Scottish Leaving Certificate Examination, 1953
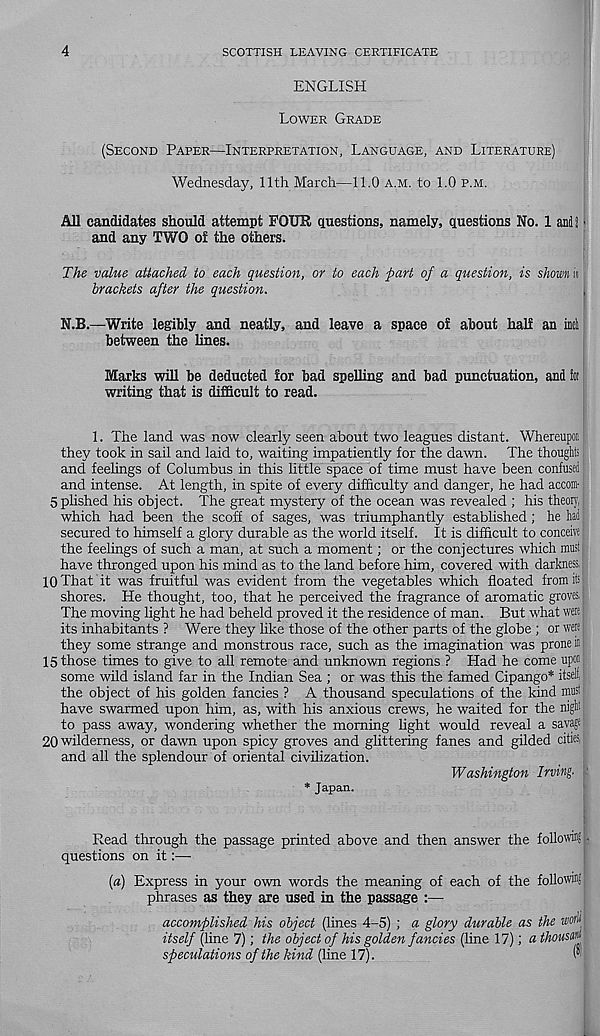
4
SCOTTISH LEAVING CERTIFICATE
ENGLISH
LOWER GRADE
(SECOND PAPER—INTERPRETATION, LANGUAGE, AND LITERATURE)
Wednesday, 11th March—11.0 A.M. to 1.0 P.M.
All candidates should attempt FOUR questions, namely, questions No. 1 and! ■
and any TWO of the others.
The value attached to each question, or to each part of a question, is shown in
brackets after the question.
N.B.—Write legibly and neatly, and leave a space of about half an inti
between the lines.
Marks will be deducted for bad spelling and bad punctuation, and Sot
writing that is difficult to read.
1. The land was now clearly seen about two leagues distant. Whereupot
they took in sail and laid to, waiting impatiently for the dawn. The thoughts
and feelings of Columbus in this little space of time must have been confused
and intense. At length, in spite of every difficulty and danger, he had accom-:
Splished his object. The great mystery of the ocean was revealed ; his theory,
which had been the scoff of sages, was triumphantly established; he had
secured to himself a glory durable as the world itself. It is difficult to conceive
the feelings of such a man, at such a moment; or the conjectures which mnst|
have thronged upon his mind as to the land before him, covered with darkness, |
10 That it was fruitful was evident from the vegetables which floated from its
shores. He thought, too, that he perceived the fragrance of aromatic groves.
The moving light he had beheld proved it the residence of man. But what were
its inhabitants ? Were they like those of the other parts of the globe ; or were
they some strange and monstrous race, such as the imagination was prone ffi;
15 those times to give to all remote and unknown regions ? Had he come upon
some wild island far in the Indian Sea ; or was this the famed Cipango* itself,
the object of his golden fancies ? A thousand speculations of the kind must
have swarmed upon him, as, with his anxious crews, he waited for the niglt
to pass away, wondering whether the morning light would reveal a sayagi
20 wilderness, or dawn upon spicy groves and glittering fanes and gilded cities,
and all the splendour of oriental civilization.
Washington Irving.
* Japan.
Read through the passage printed above and then answer the following .
questions on it:—
(a) Express in your own words the meaning of each of the following
phrases as they are used in the passage :—
accomplished his object (lines 4-5) ; a glory durable as the zwi"
itself (line 7); the object of his golden fancies (line 17); «thousari
speculations of the kind (line 17).